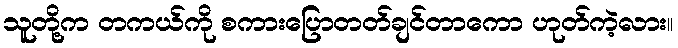
သူတို့က တကယ်ကို စကားပြောတတ်ချင်တာကော ဟုတ်ကဲ့လား။